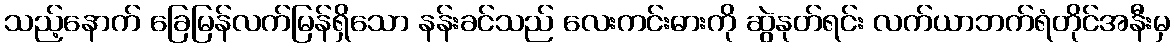
သည့်နောက် ခြေမြန်လက်မြန်ရှိသော နန်းခင်သည် လေးကင်းဓားကို ဆွဲနုတ်ရင်း လက်ယာဘက်ရံတိုင်အနီးမှ